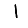
Digit: 1